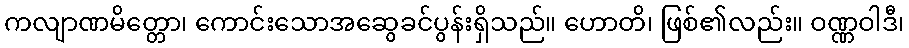
ကလျာဏမိတ္တော၊ ကောင်းသောအဆွေခင်ပွန်းရှိသည်။ ဟောတိ၊ ဖြစ်၏လည်း။ ဝဏ္ဏဝါဒီ၊